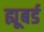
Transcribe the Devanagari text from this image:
ह्यूबर्ड